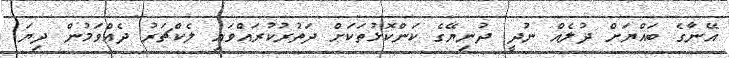
އޭނާގެ ބައްޔަށް ދުލެއް ނުދީ ދުނިޔޭގެ ކަންކޮޅުތަކަށް ދަތުރުކުރައްވައި ލެކްޗަރު ދެއްވަމުން ދިޔަ